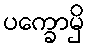
ပက္ခောမှိ